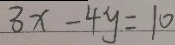
3 x - 4 y = 1 0